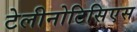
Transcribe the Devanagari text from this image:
टेलीनोटिसिएस